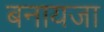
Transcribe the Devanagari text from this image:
बनायजा